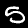
Digit: 5